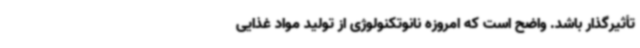
تأثیرگذار باشد. واضح است که امروزه نانوتکنولوژی از تولید مواد غذایی